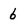
Character: 6